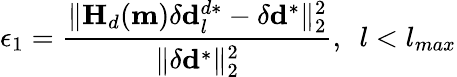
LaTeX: \epsilon_{1}=\frac{\| \mathbf{H}_{d}(\mathbf{m})\delta\mathbf{d}_{l}^{d*}-\delta\mathbf{d}^{*}\| _{2}^{2}}{\| \delta\mathbf{d}^{*}\| _{2}^{2}},~~l<l_{max}